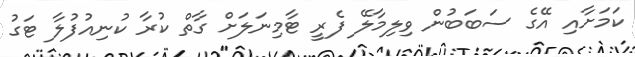
ކަމަށާއި އޭގެ ސަބަބުން ވިލިމާލޭ ފެރީ ޓާމިނަލަށް ގާތް ކުރާ ކުނިއުފުލާ ޓަގު